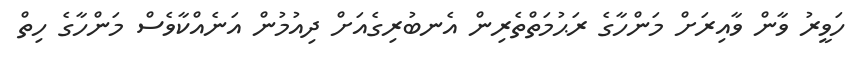
ހަވީރު ވާން ވާއިރަށް މަންހާގެ ރަޙުމަތްތެރިން އެނބުރިގެއަށް ދިއުމުން އަނެއްކާވެސް މަންހާގެ ހިތް